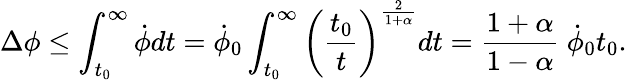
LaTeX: \Delta\phi\leq\int_{t_{0}}^{\infty}\dot{\phi}dt=\dot{\phi}_{0}\int_{t_{0}}^{\infty}\left({\frac{t_{0}}{t}}\right)^{\frac{2}{1+\alpha}}dt={\frac{1+\alpha}{1-\alpha}}~\dot{\phi}_{0}t_{0}.